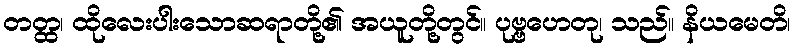
တတ္ထ၊ ထိုလေးပါးသောဆရာတို့၏ အယူတို့တွင်။ ပုဗ္ဗဟေတု၊ သည်။ နိယမေတိ၊